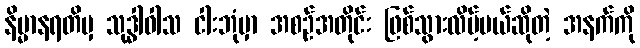
နိမ္မာနရတိမှ သုဒ္ဓါဝါသ ငါးဘုံမှာ အစဉ်အတိုင်း ဖြစ်သွားလိမ့်မယ်ဆိုတဲ့ အနက်ကို